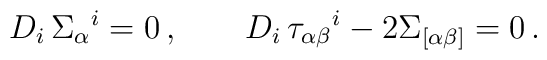
D_i\,\Sigma_\alpha{}^i=0\,,\qquad  D_i\,\tau_{\alpha\beta}{}^i- 2 \Sigma_{[\alpha\beta]}=0\,.